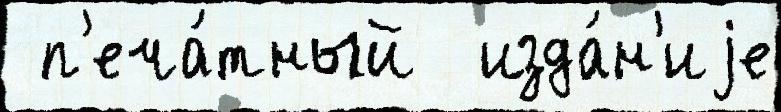
 п'еча́тный  изда́н'иjе